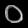
Digit: ၀